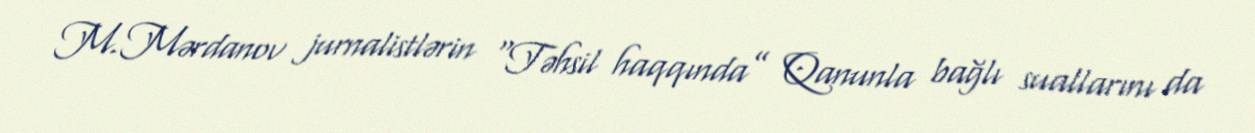
M.Mərdanov jurnalistlərin “Təhsil haqqında” Qanunla bağlı suallarını da